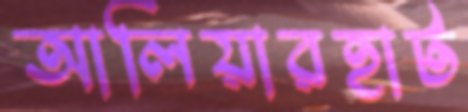
আলিয়ারহাট